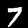
Label: 7